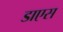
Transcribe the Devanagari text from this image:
डाएस